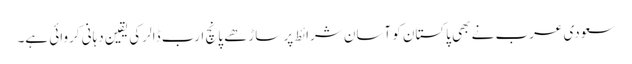
سعودی عرب نے بھی پاکستان کو آسان شرائط پر ساڑھے پانچ ارب ڈالر کی یقین دہانی کروائی ہے۔